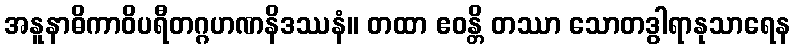
အနူနာဓိကာဝိပရီတဂ္ဂဟဏနိဒဿနံ။ တထာ ဧဝန္တိ တဿာ သောတဒွါရာနုသာရေန